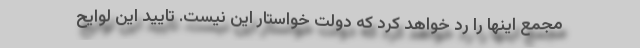
مجمع اینها را رد خواهد کرد که دولت خواستار این نیست. تایید این لوایح